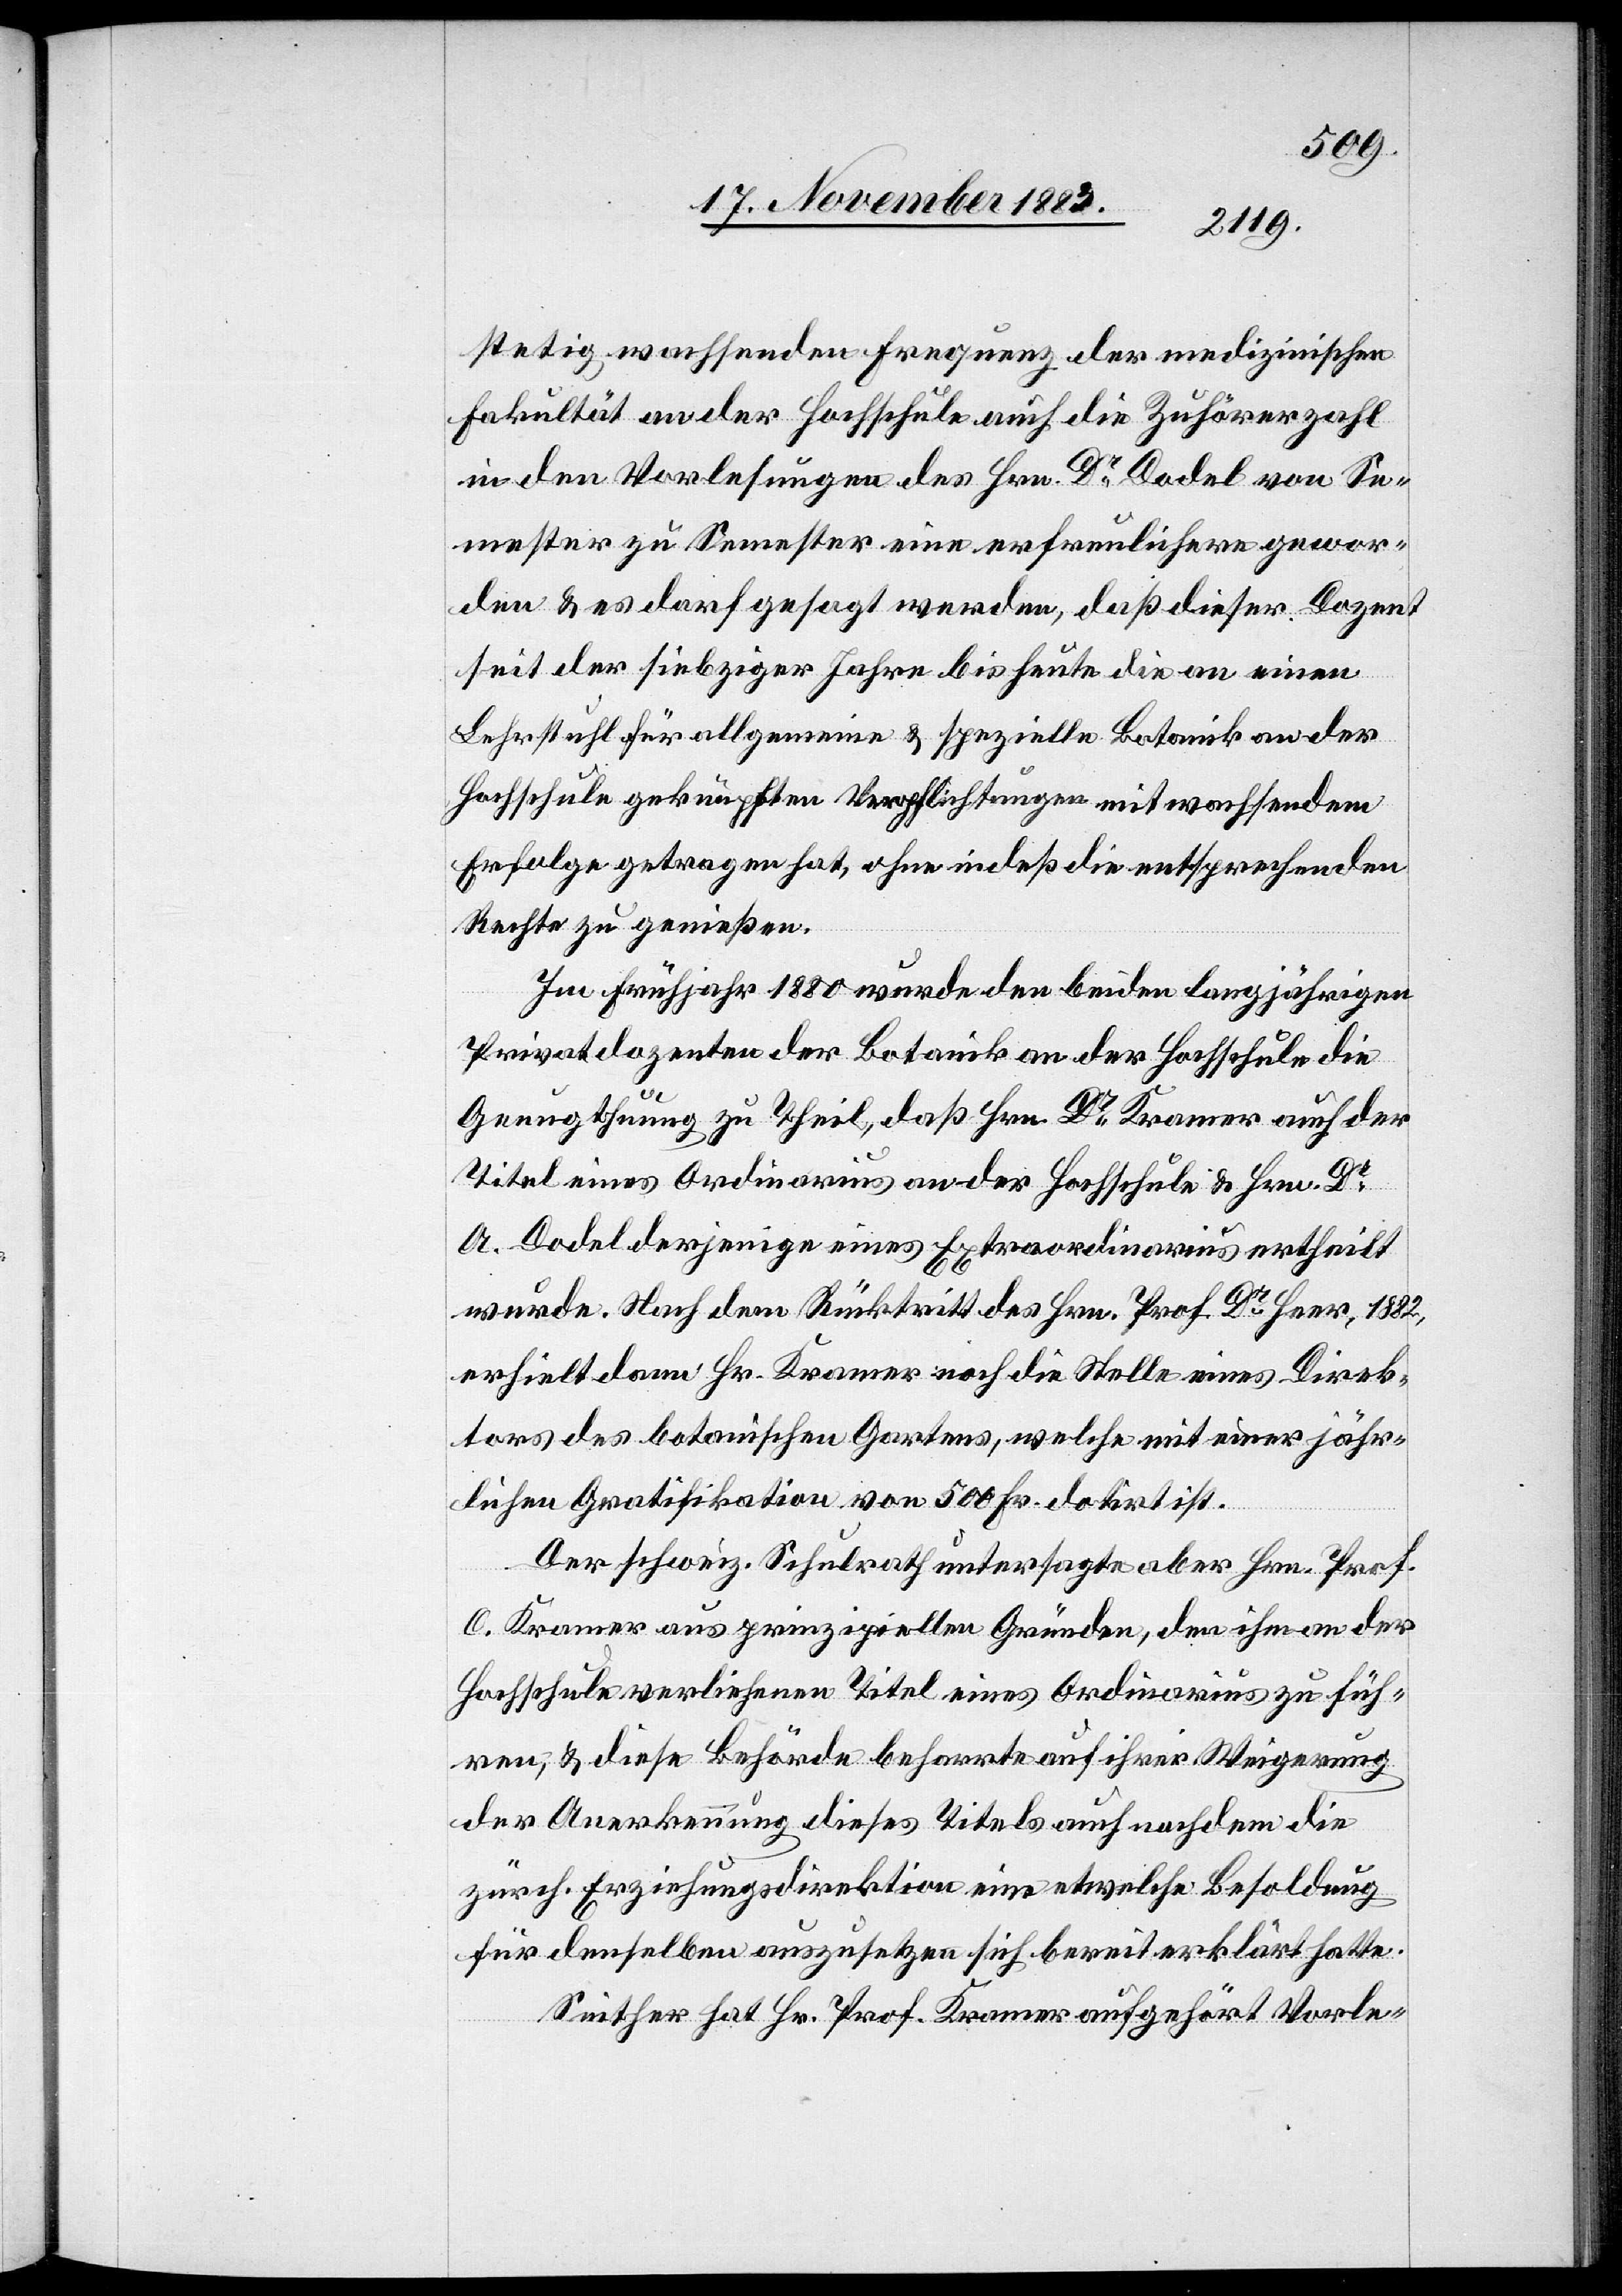
stetig wachsenden Frequenz der medizinischen
Fakultät an der Hochschule auch die Zuhörerzahl
in den Vorlesungen des Hrn. Dr Dodel von Se¬
mester zu Semester eine erfreulichere gewor¬
den & es darf gesagt werden, daß dieser Dozent
seit der siebziger Jahre [sic!] bis heute die an einen
Lehrstuhl für allgemeine & spezielle Botanik an der
Hochschule geknüpften Verpflichtungen mit wachsendem
Erfolge getragen hat, ohne indeß die entsprechenden
Rechte zu genießen.
Im Frühjahr 1880 wurde den beiden langjährigen
Privatdozenten der Botanik an der Hochschule die
Genugthuung zu Theil, daß Hrn. Dr Kramer auch der
Titel eines Ordinarius an der Hochschule & Hrn. Dr
A. Dodel derjenige eines Extraordinarius ertheilt
wurde. Nach dem Rücktritt des Hrn. Prof. Dr Heer, 1882,
erhielt dann Hr. Kramer noch die Stelle eines Direk¬
tors des botanischen Gartens, welche mit einer jähr¬
lichen Gratifikation von 500 Fr. dotirt ist.
Der schweiz. Schulrath untersagte aber Hrn. Prof.
C. Kramer aus prinzipiellen Gründen, den ihm an der
Hochschule verliehenen Titel eines Ordinarius zu füh¬
ren, & diese Behörde beharrte auf ihrer Weigerung
der Anerkennung dieses Titels auch nachdem die
zürch. Erziehungsdirektion eine etwelche Besoldung
für denselben auszusetzen sich bereit erklärt hatte.
Seither hat Hr. Prof. Kramer aufgehört Vorle-